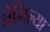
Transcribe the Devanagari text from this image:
नेमिल्या